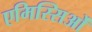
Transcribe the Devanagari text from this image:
एमिस्सिओं